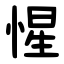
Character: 惺